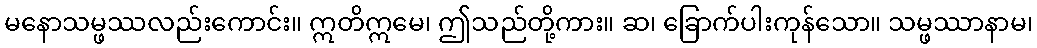
မနောသမ္ဖဿလည်းကောင်း။ ဣတိဣမေ၊ ဤသည်တို့ကား။ ဆ၊ ခြောက်ပါးကုန်သော။ သမ္ဖဿာနာမ၊